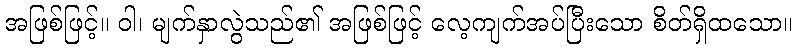
အဖြစ်ဖြင့်။ ဝါ၊ မျက်နှာလွဲသည်၏ အဖြစ်ဖြင့် လေ့ကျက်အပ်ပြီးသော စိတ်ရှိထသော။